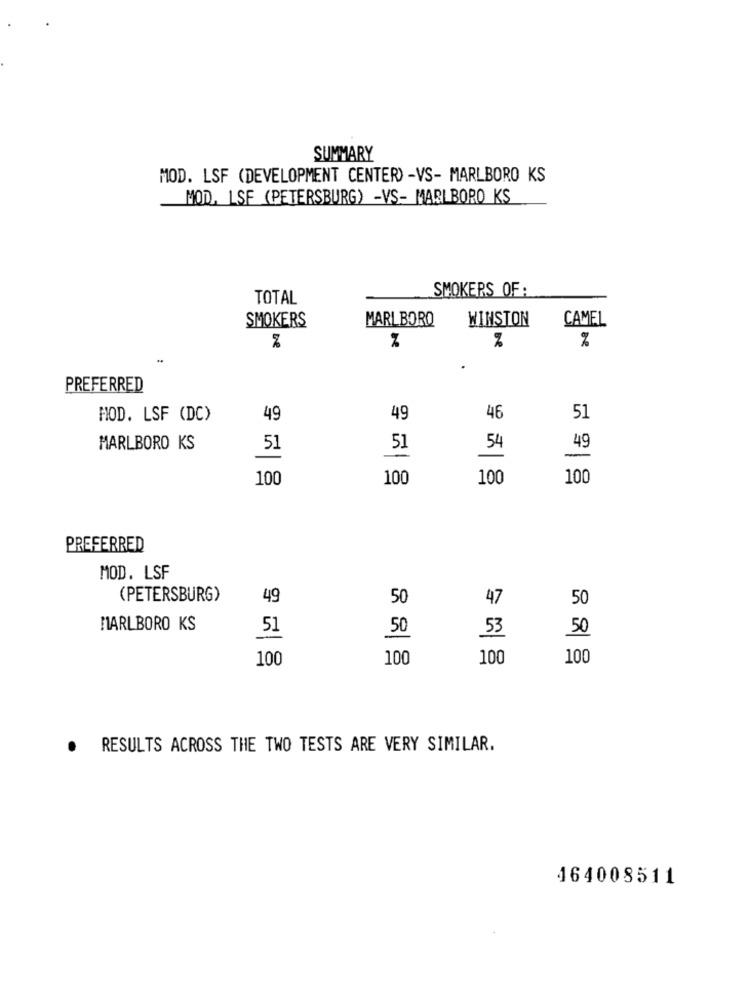
SUMMARY
MOD. LSF (DEVELOPMENT CENTER) -VS- MARLBORO KS
MOD, LSF (PETERSBURG) -VS- MARLBORO KS
SMOKERS OF:
TOTAL
MARLBORO
WINSTON
CAMEL
SMOKERS
%
%
%
PREFERRED
HOD. LSF (DC)
49
49
46
51
MARLBORO KS
51
51
54
49
100
100
100
100
PREFERRED
MOD. LSF
(PETERSBURG)
49
50
47
50
MARLBORO KS
51
50
53
50
100
100
100
100
.
RESULTS ACROSS THE TWO TESTS ARE VERY SIMILAR.
464008511